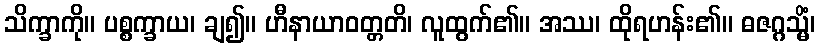
သိက္ခာကို။ ပစ္စက္ခာယ၊ ချ၍။ ဟီနာယာဝတ္တတိ၊ လူထွက်၏။ အဿ၊ ထိုရဟန်း၏။ ဓဇဂ္ဂသ္မိံ၊